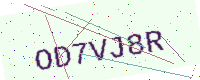
Text: OD7VJ8R